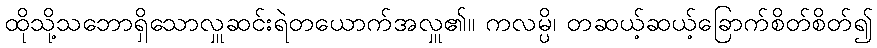
ထိုသို့သဘောရှိသောလှူဆင်းရဲတယောက်အလှူ၏။ ကလမ္ပိ၊ တဆယ့်ဆယ့်ခြောက်စိတ်စိတ်၍